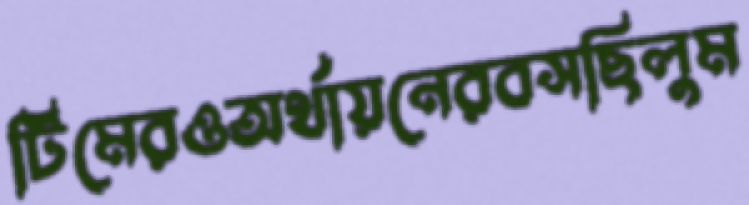
টিমেরওঅর্থায়নেরবসছিলুম